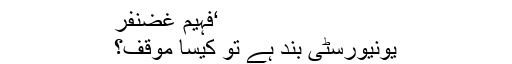
‘فہیم غضنفر
یونیورسٹی بند ہے تو کیسا موقف؟